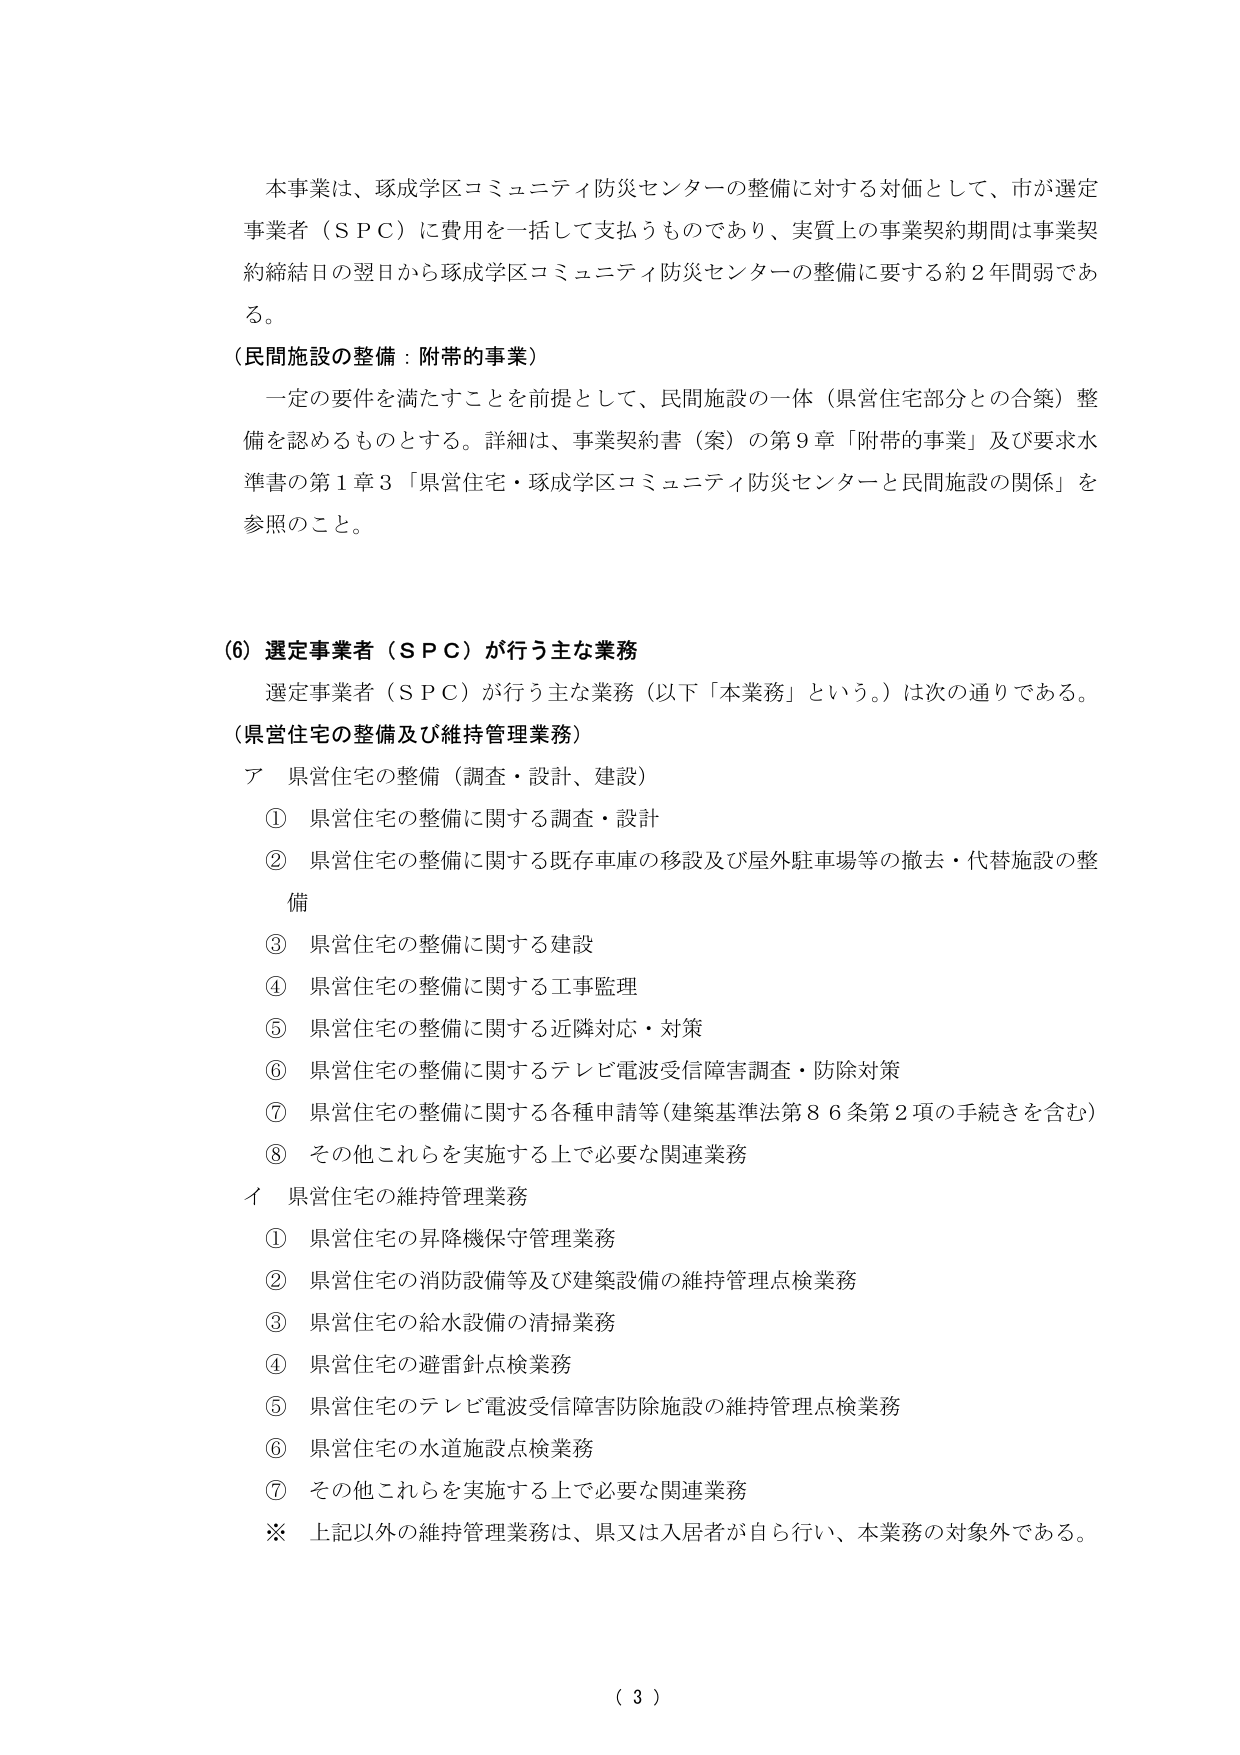
本事業は、琢成学区コミュニティ防災センターの整備に対する対価として、市が選定事業者（ＳＰＣ）に費用を一括して支払うものであり、実質上の事業契約期間は事業契約締結日の翌日から琢成学区コミュニティ防災センターの整備に要する約２年間弱である。

（民間施設の整備：附帯的事業）
　一定の要件を満たすことを前提として、民間施設の一体（県営住宅部分との合築）整備を認めるものとする。詳細は、事業契約書（案）の第９章「附帯的事業」及び要求水準書の第１章３「県営住宅・琢成学区コミュニティ防災センターと民間施設の関係」を参照のこと。

（6）選定事業者（ＳＰＣ）が行う主な業務
　選定事業者（ＳＰＣ）が行う主な業務（以下「本業務」という。）は次の通りである。

（県営住宅の整備及び維持管理業務）
ア　県営住宅の整備（調査・設計、建設）
　①　県営住宅の整備に関する調査・設計
　②　県営住宅の整備に関する既存車庫の移設及び屋外駐車場等の撤去・代替施設の整備
　③　県営住宅の整備に関する建設
　④　県営住宅の整備に関する工事監理
　⑤　県営住宅の整備に関する近隣対応・対策
　⑥　県営住宅の整備に関するテレビ電波受信障害調査・防除対策
　⑦　県営住宅の整備に関する各種申請等（建築基準法第８６条第２項の手続きを含む）
　⑧　その他これらを実施する上で必要な関連業務

イ　県営住宅の維持管理業務
　①　県営住宅の昇降機保守管理業務
　②　県営住宅の消防設備等及び建築設備の維持管理点検業務
　③　県営住宅の給水設備の清掃業務
　④　県営住宅の避雷針点検業務
　⑤　県営住宅のテレビ電波受信障害防除施設の維持管理点検業務
　⑥　県営住宅の水道施設点検業務
　⑦　その他これらを実施する上で必要な関連業務

※　上記以外の維持管理業務は、県又は入居者が自ら行い、本業務の対象外である。

（ 3 ）